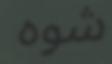
شوه